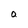
Character: a